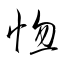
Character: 惚